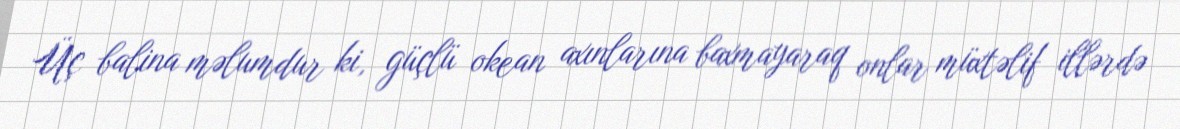
Üç balina məlumdur ki, güçlü okean axınlarına baxmayaraq onlar müxtəlif illərdə